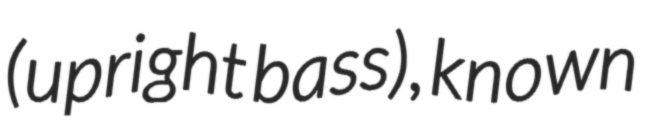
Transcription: (upright bass), known